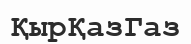
ҚырҚазГаз